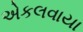
એકલવાયા